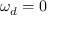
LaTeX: \omega _ { d } = 0